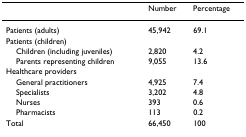
<table><thead><tr><td></td><td><b>Number</b></td><td><b>Percentage</b></td></tr></thead><tbody><tr><td>Patients (adults)</td><td>45,942</td><td>69.1</td></tr><tr><td>Patients (children)</td><td></td><td></td></tr><tr><td> Children (including juveniles)</td><td>2,820</td><td>4.2</td></tr><tr><td> Parents representing children</td><td>9,055</td><td>13.6</td></tr><tr><td>Healthcare providers</td><td></td><td></td></tr><tr><td> General practitioners</td><td>4,925</td><td>7.4</td></tr><tr><td> Specialists</td><td>3,202</td><td>4.8</td></tr><tr><td> Nurses</td><td>393</td><td>0.6</td></tr><tr><td> Pharmacists</td><td>113</td><td>0.2</td></tr><tr><td>Total</td><td>66,450</td><td>100</td></tr></tbody></table>